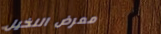
معرض النخيل